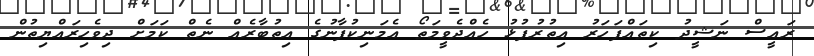
ރައީސް ނަޝީދު ކިތައްފަހަރު އިތުރުފުޅު ހެއްދެވީމަތޯ އެމަނިކުފާނުގެ އިތުބާރެއް ނެތް ކަމަށް ދިވެހިރައްޔިތުން